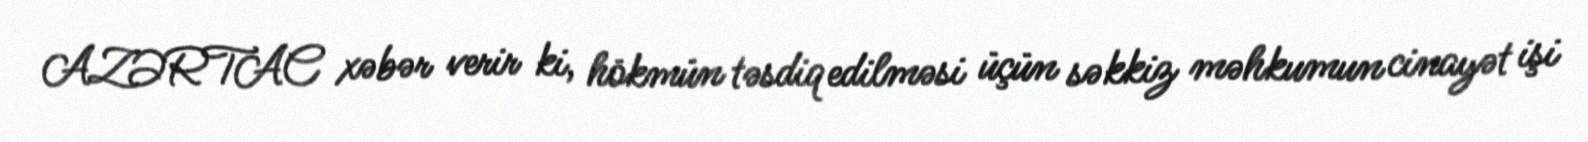
AZƏRTAC xəbər verir ki, hökmün təsdiq edilməsi üçün səkkiz məhkumun cinayət işi